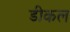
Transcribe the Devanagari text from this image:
डीकल